Leaving Certificate Examination, 1920
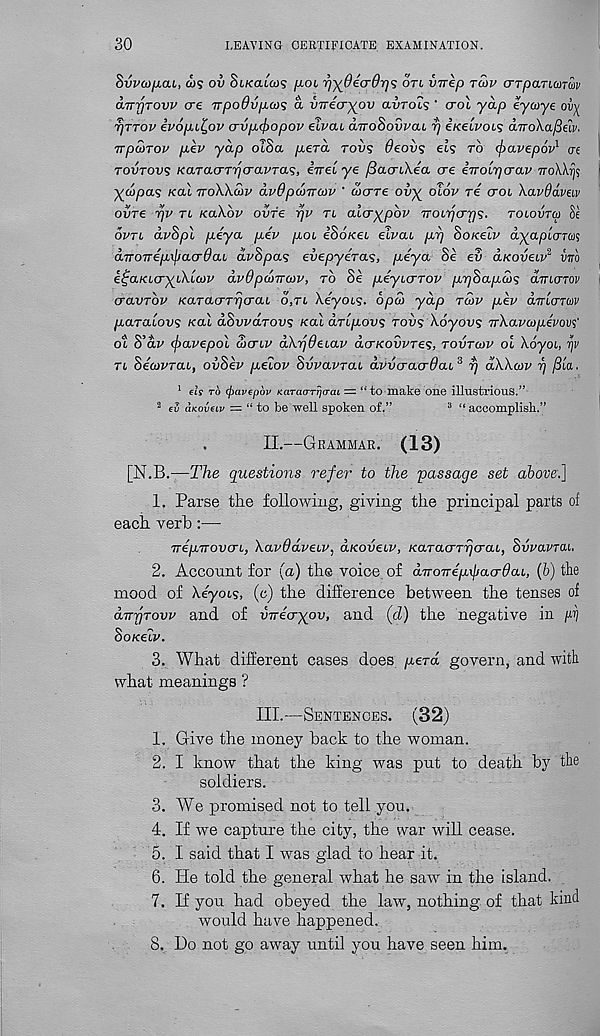
30
LEAVING CERTIFICATE EXAMINATION.
Svva>[j.ab, ws ov St/cato)? /iol r)}(6£a6r)<s on {mep tmv crrpaTMmv
OjTTTjTovv ere TrpoOvpats a virecryov avrous ' crol yap eycoye ov^
7)ttov evopi^ov o-vp^opov elvai airoSovvai, r/ iKeuvois aTroXafitiv.
irpcoTov pev yap otSa pera tovs Oeovs els to (fravepov 1 ce
tovtovs KaTao-rqcravTas, eirel ye fiaaikea ere eTroiqaav -rroWy 1
yctipas Kal ttoWmv dvOpanrov ' cocrTe ovy olov re ctol XavOavav
ovre r/v tl Ka\.bv ovre yjv n alery^pov TTOLTjcrrjS- tolovtw 8e
ovtl dvSpl peya pev pot i&oKeL elvai pi] SoKelv dyaplam^
dTTOwepxjjacrdaL dvSpas evepyeras, peya Se ev aKoveiv 2 viro
i^aKLcryiXtcov dvOpomoiv, to Se peyiarTov pr]Sapcos dmcrTOv
cravTov KaTacrTrjcraL o,tl \eyois. oped yap tmv pev dirunav
paralovs Kal dSvvaTovs Kai aTipovs tovs \6yovs irXavcope'vovs'
oi S’dv <j)avepol wctlv akrjdeiav dcrKovvTes, tovtcov ol Xoyoc, qv
tl SecovraL, ovSev pelov SvvavTai avveraerdai 3 rj dWcov 7] /3ia.
1 els to (jiavepov Karao-Tijo-cu = “to make one illnstrious.”
2 ev aKovav — “ to be well spoken of.”
3 “ accomplish.”
II.—Grammar. (13)
[N.B.—JTie questions refer to the passage set above.]
1. Parse the following, giving the principal parts of
each verb :—
TrepTrovcTL, Xavdaveuv, aKoveiv, KaTacrTrjcraL, SvvavTai.
2. Account for (a) the voice, of diTOTrepxljacrdaL, (b) the
mood of XeyoLs, (c) the difference between the tenses of
dvyTovv and of virecrxov, and (d) the negative in pj
SoKeiv.
3. What different cases does perd govern, and with
what meanings ?
III.—Sentences. (32)
1. Give the money back to the woman.
2. I know that the king was put to death by the
soldiers.
3. We promised not to tell you.
4. If we capture the city, the war will cease.
5. I said that I was glad to hear it.
6. He told the general what he saw in the island.
7. If you had obeyed the law, nothing of that kind
would have happened.
8. Do not go away until you have seen him.